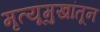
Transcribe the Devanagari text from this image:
मृत्यूमुखांतून